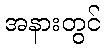
အနားတွင်